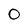
Character: O